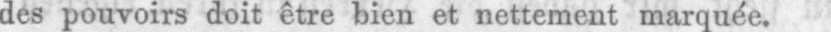
des pouvoirs doit être bien et nettement marquée.